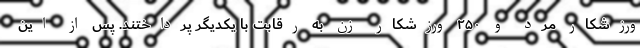
ورزشکار مرد و ۲۵۰ ورزشکار زن به رقابت با یکدیگر پرداختند. پس از این